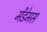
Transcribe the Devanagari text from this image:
मेंडेमस